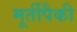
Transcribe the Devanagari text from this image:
मूर्तीपैकी